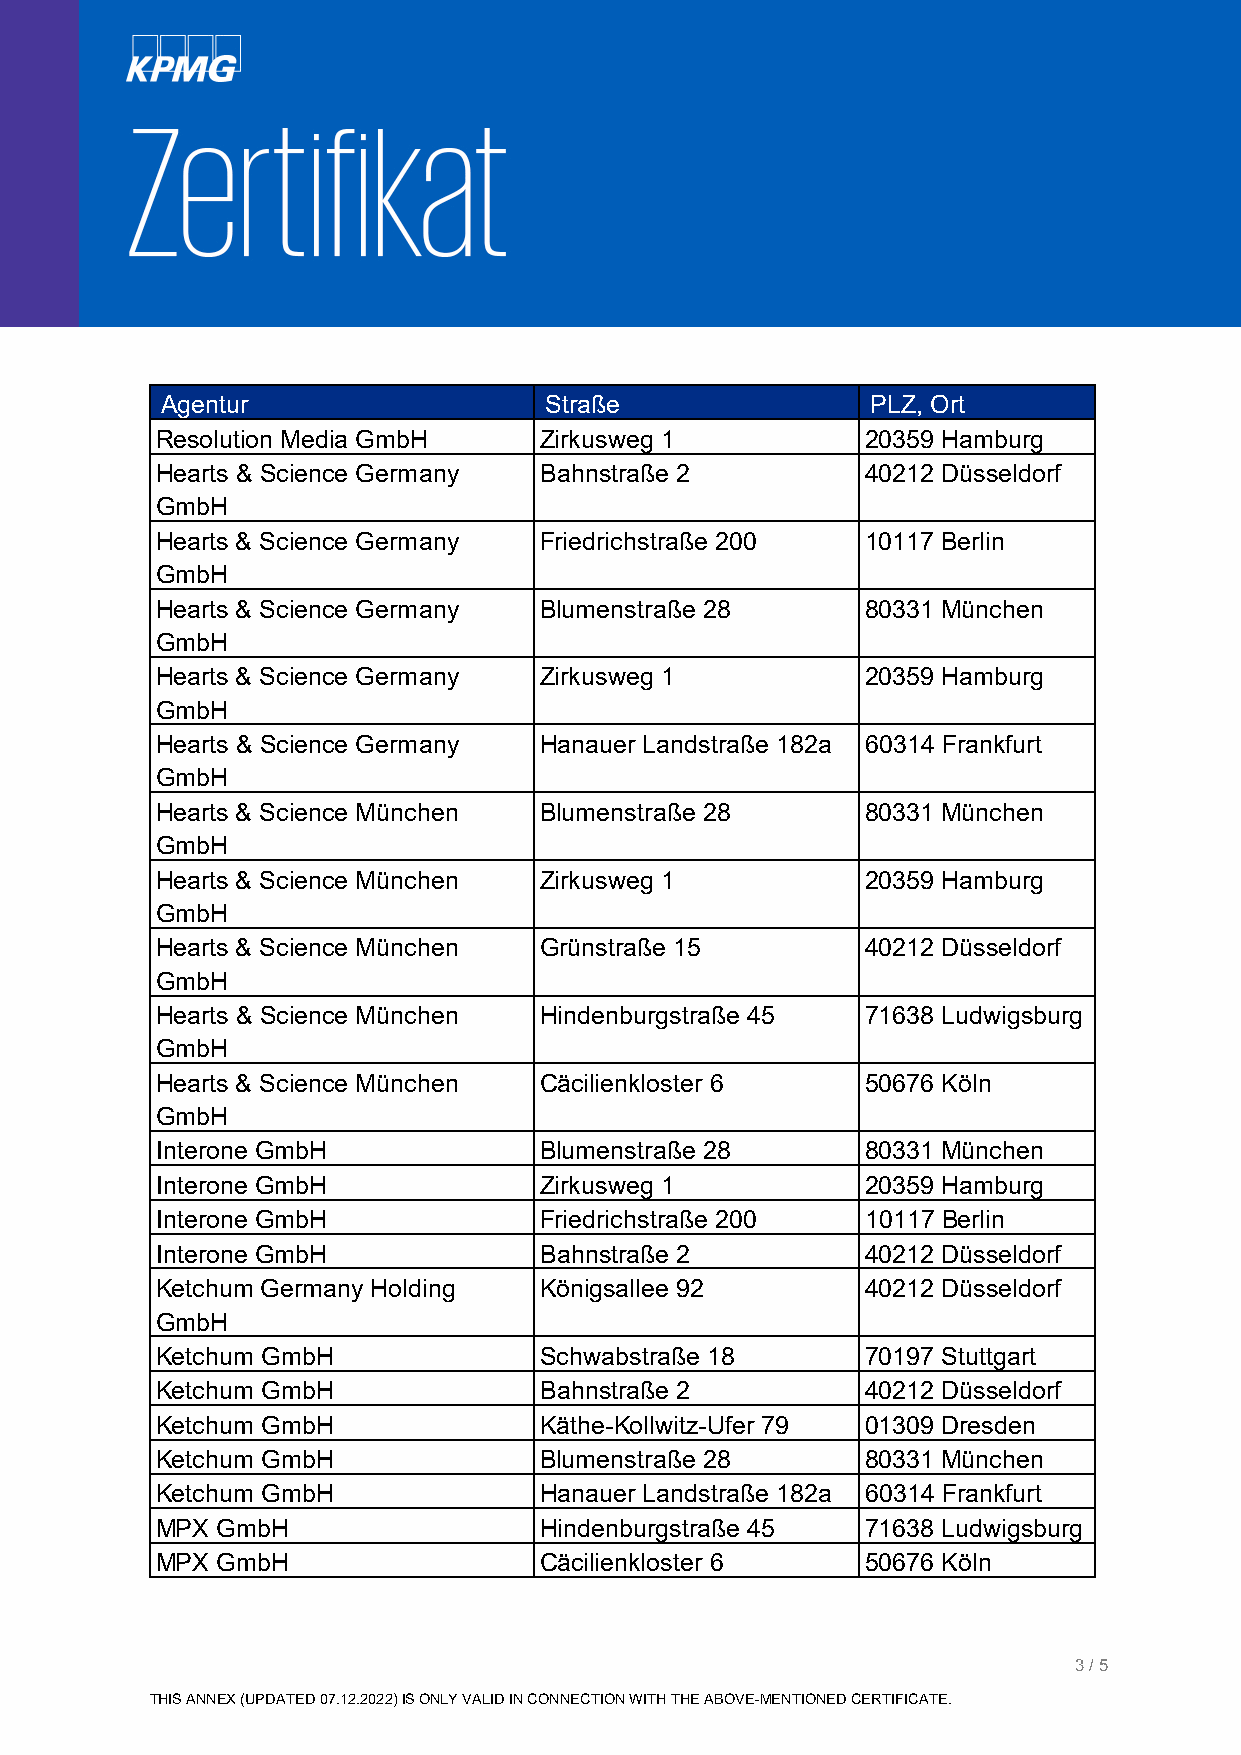
Agentur                  Straße                PLZ, Ort
 Resolution Media GmbH     Zirkusweg 1          20359 Hamburg
 Hearts & Science Germany  Bahnstraße 2         40212 Düsseldorf
 GmbH
 Hearts & Science Germany  Friedrichstraße 200  10117 Berlin
 GmbH
 Hearts & Science Germany  Blumenstraße 28      80331 München
 GmbH
 Hearts & Science Germany  Zirkusweg 1          20359 Hamburg
 GmbH
 Hearts & Science Germany  Hanauer Landstraße 182a 60314 Frankfurt
 GmbH
 Hearts & Science München  Blumenstraße 28      80331 München
 GmbH
 Hearts & Science München  Zirkusweg 1          20359 Hamburg
 GmbH
 Hearts & Science München  Grünstraße 15        40212 Düsseldorf
 GmbH
 Hearts & Science München  Hindenburgstraße 45  71638 Ludwigsburg
 GmbH
 Hearts & Science München  Cäcilienkloster 6    50676 Köln
 GmbH
 Interone GmbH             Blumenstraße 28      80331 München
 Interone GmbH             Zirkusweg 1          20359 Hamburg
 Interone GmbH             Friedrichstraße 200  10117 Berlin
 Interone GmbH             Bahnstraße 2         40212 Düsseldorf
 Ketchum Germany Holding   Königsallee 92       40212 Düsseldorf
 GmbH
 Ketchum GmbH              Schwabstraße 18      70197 Stuttgart
 Ketchum GmbH              Bahnstraße 2         40212 Düsseldorf
 Ketchum GmbH              Käthe-Kollwitz-Ufer 79 01309 Dresden
 Ketchum GmbH              Blumenstraße 28      80331 München
 Ketchum GmbH              Hanauer Landstraße 182a 60314 Frankfurt
 MPX GmbH                  Hindenburgstraße 45  71638 Ludwigsburg
 MPX GmbH                  Cäcilienkloster 6    50676 Köln
 3 / 5
 THIS ANNEX (UPDATED 07.12.2022) IS ONLY VALID IN CONNECTION WITH THE ABOVE-MENTIONED CERTIFICATE.